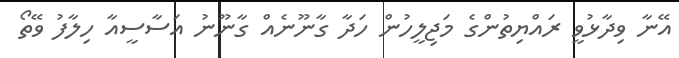
އޭނާ ވިދާޅުވީ ރައްޔިތުންގެ މަޖިލީހުން ހަދާ ގާނޫނެއް ގާނޫނު އަސާސީއާ ހިލާފު ވޭތޯ